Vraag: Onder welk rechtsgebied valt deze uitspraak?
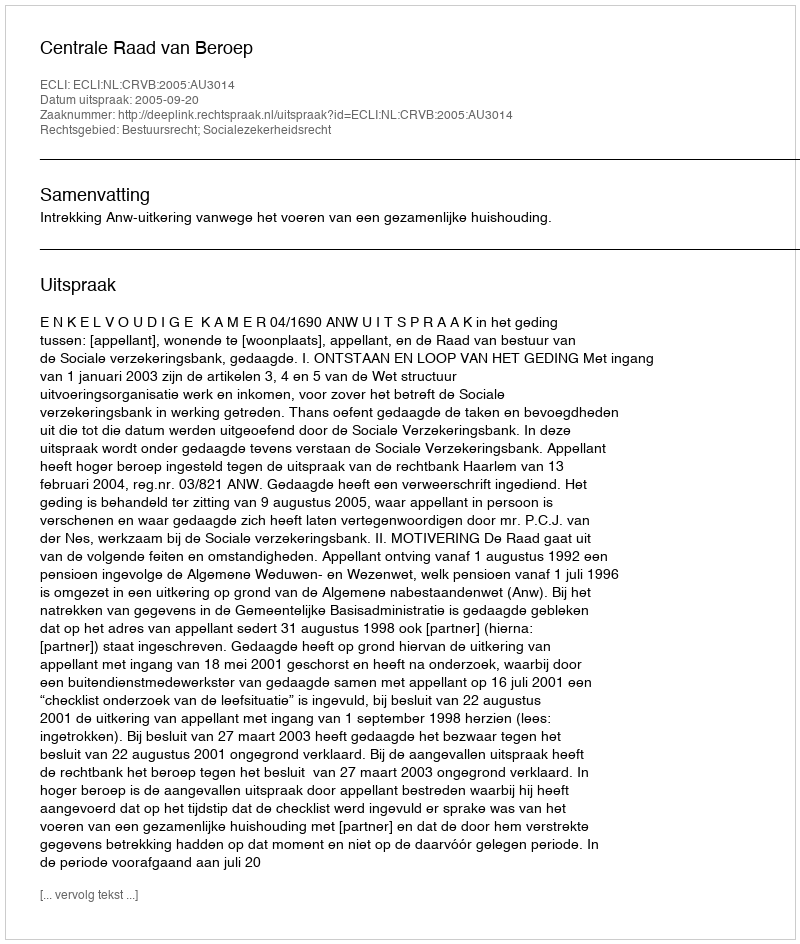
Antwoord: Bestuursrecht; Socialezekerheidsrecht